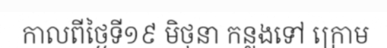
កាលពីថ្ងៃទី១៩ មិថុនា កន្លងទៅ ក្រោម